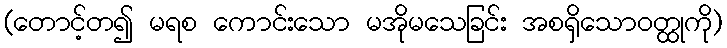
(တောင့်တ၍ မရစ ကောင်းသော မအိုမသေခြင်း အစရှိသောဝတ္ထုကို)